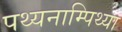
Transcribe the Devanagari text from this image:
पथ्यनाम्पिथ्या